Civil Veterinary Dept. Bombay admin report 1923-31 - 1923-1931
Year: 1923
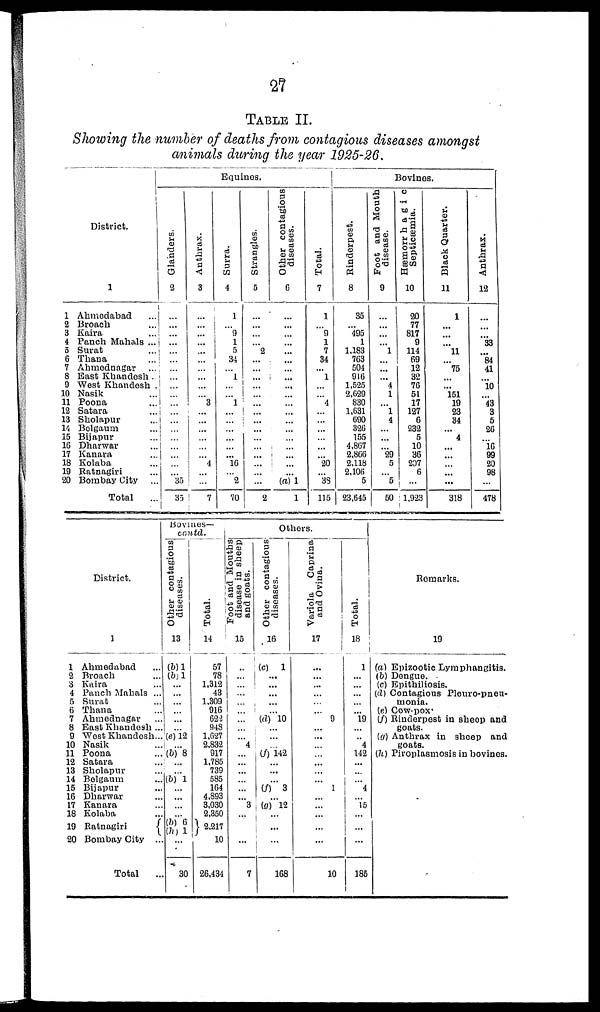
27
TABLE II.
Showing the number of deaths from contagious diseases amongst
animals during the year 1925-26.
District.
1
1 Ahmedabad
...
2 Broach ...
3 Kaira
...
4 Panch Mahals ...
5 Surat
...
6 Thana
...
7 Ahmednagar ...
8 Bast Khandesh ...
9 West Khandesh ...
10 Nasik
...
11 Poona
...
12 Satara ...
13 Sholapur ...
14 Belgaum ...
15 Bijapur ...
16 Dharwar ...
17 Kanava ...
18 Kolaba ...
19 Ratnagiri ...
20 Bombay City ...
Total ...
Equines.
Glanders.
2
...
...
...
...
...
...
...
...
...
...
...
...
...
...
...
...
...
...
...
35
35
Anthrax.
3
...
...
...
...
...
...
...
...
...
...
3
...
...
...
...
...
...
4
...
...
7
Surra.
4
1
...
9
1
5
34
...
1
...
...
1
...
...
...
...
...
...
16
...
2
70
Strangles.
5
...
...
...
...
2
...
...
...
...
...
...
...
...
...
...
...
...
...
...
...
2
Other contagious
diseases.
6
...
...
...
...
...
...
...
...
...
...
...
...
...
...
...
...
...
...
...
(a) 1
1
Total.
7
1
...
9
1
7
34
...
1
...
...
4
...
...
...
...
...
...
20
...
39
115
Bovines.
Rinderpest.
8
35
...
495
1
1,183
763
504
010
1,525
2,629
830
1,631
690
326
155
4,867
2,866
2,118
2,106
5
23,645
Foot and Mouth
disease.
9
...
...
...
...
1
...
...
...
4
1
...
1
4
...
...
...
29
5
...
5
50
Hæmorrhagic
Septicæmia.
10
20
77
817
9
114
69
12
32
76
51
17
127
6
232
5
10
36
207
6
...
1,923
Black Quarter.
11
1
...
...
...
11
...
75
...
...
151
19
23
34
...
4
...
...
...
...
...
318
Anthrax.
12
...
...
...
33
... 84
41
...
10
...
43
3
5
26
...
16
99
20
98
...
478
District.
1
1 Abmedabad ...
2 Broach ...
3 Kaira ...
4 Panch Mahals ...
5 Surat ...
6 Thana ...
7 Ahmednagar ...
8 East Khandesh ...
9 West Khandesh...
10 Nasik ...
11 Poona ...
12 Satara ...
13 Sholapur ...
14 Belgaum ...
15 Bijapur ...
16 Dharwar ...
17 Kanara ...
18 Kolaba ...
19 Ratnagiri ...
20 Bombay City ...
Total ...
Bovines—
contd.
Other contagious
diseases.
13
(b) 1
(b) 1
...
...
...
...
...
...
(e) 12
...
(b) 8
...
...
(b) 1
...
...
...
...
(b) 6
(h) 1
...
30
Total.
14
57
78
1,312
43
1,309
916
622
948
1,627
2,832
917
1,785
739
585
164
4,893
3,030
2,350
2,217
10
26,434
Others.
Foot and Mouths
disease in sheep
and goats.
15
...
...
...
...
...
...
...
...
...
4
...
...
...
...
...
...
3
...
...
7
Other contagious
diseases.
16
(c)
1
...
...
...
...
...
(d) 10
...
...
...
(f) 142
...
...
...
(f) 3
...
(g) 12
...
...
...
168
Variola
Caprina
and Ovina.
17
...
...
...
...
...
...
9
...
...
...
...
...
...
... 1
...
...
...
...
...
10
Total.
18
1
...
...
...
...
...
19
...
...
4
142
...
...
...
4
...
15
...
...
...
185
Remarks.
19
(a) Epizootic Lymphangitis.
(b) Dengue.
(c) Epithiliosis.
(d) Contagious Pleuro-pnen-
monia.
(e) Cow-pox
(f) Rinderpest in sheep and
goats.
(g) Anthrax in sheep and
goats.
(h) Piroplasmosis in bovines.